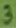
Text: 3